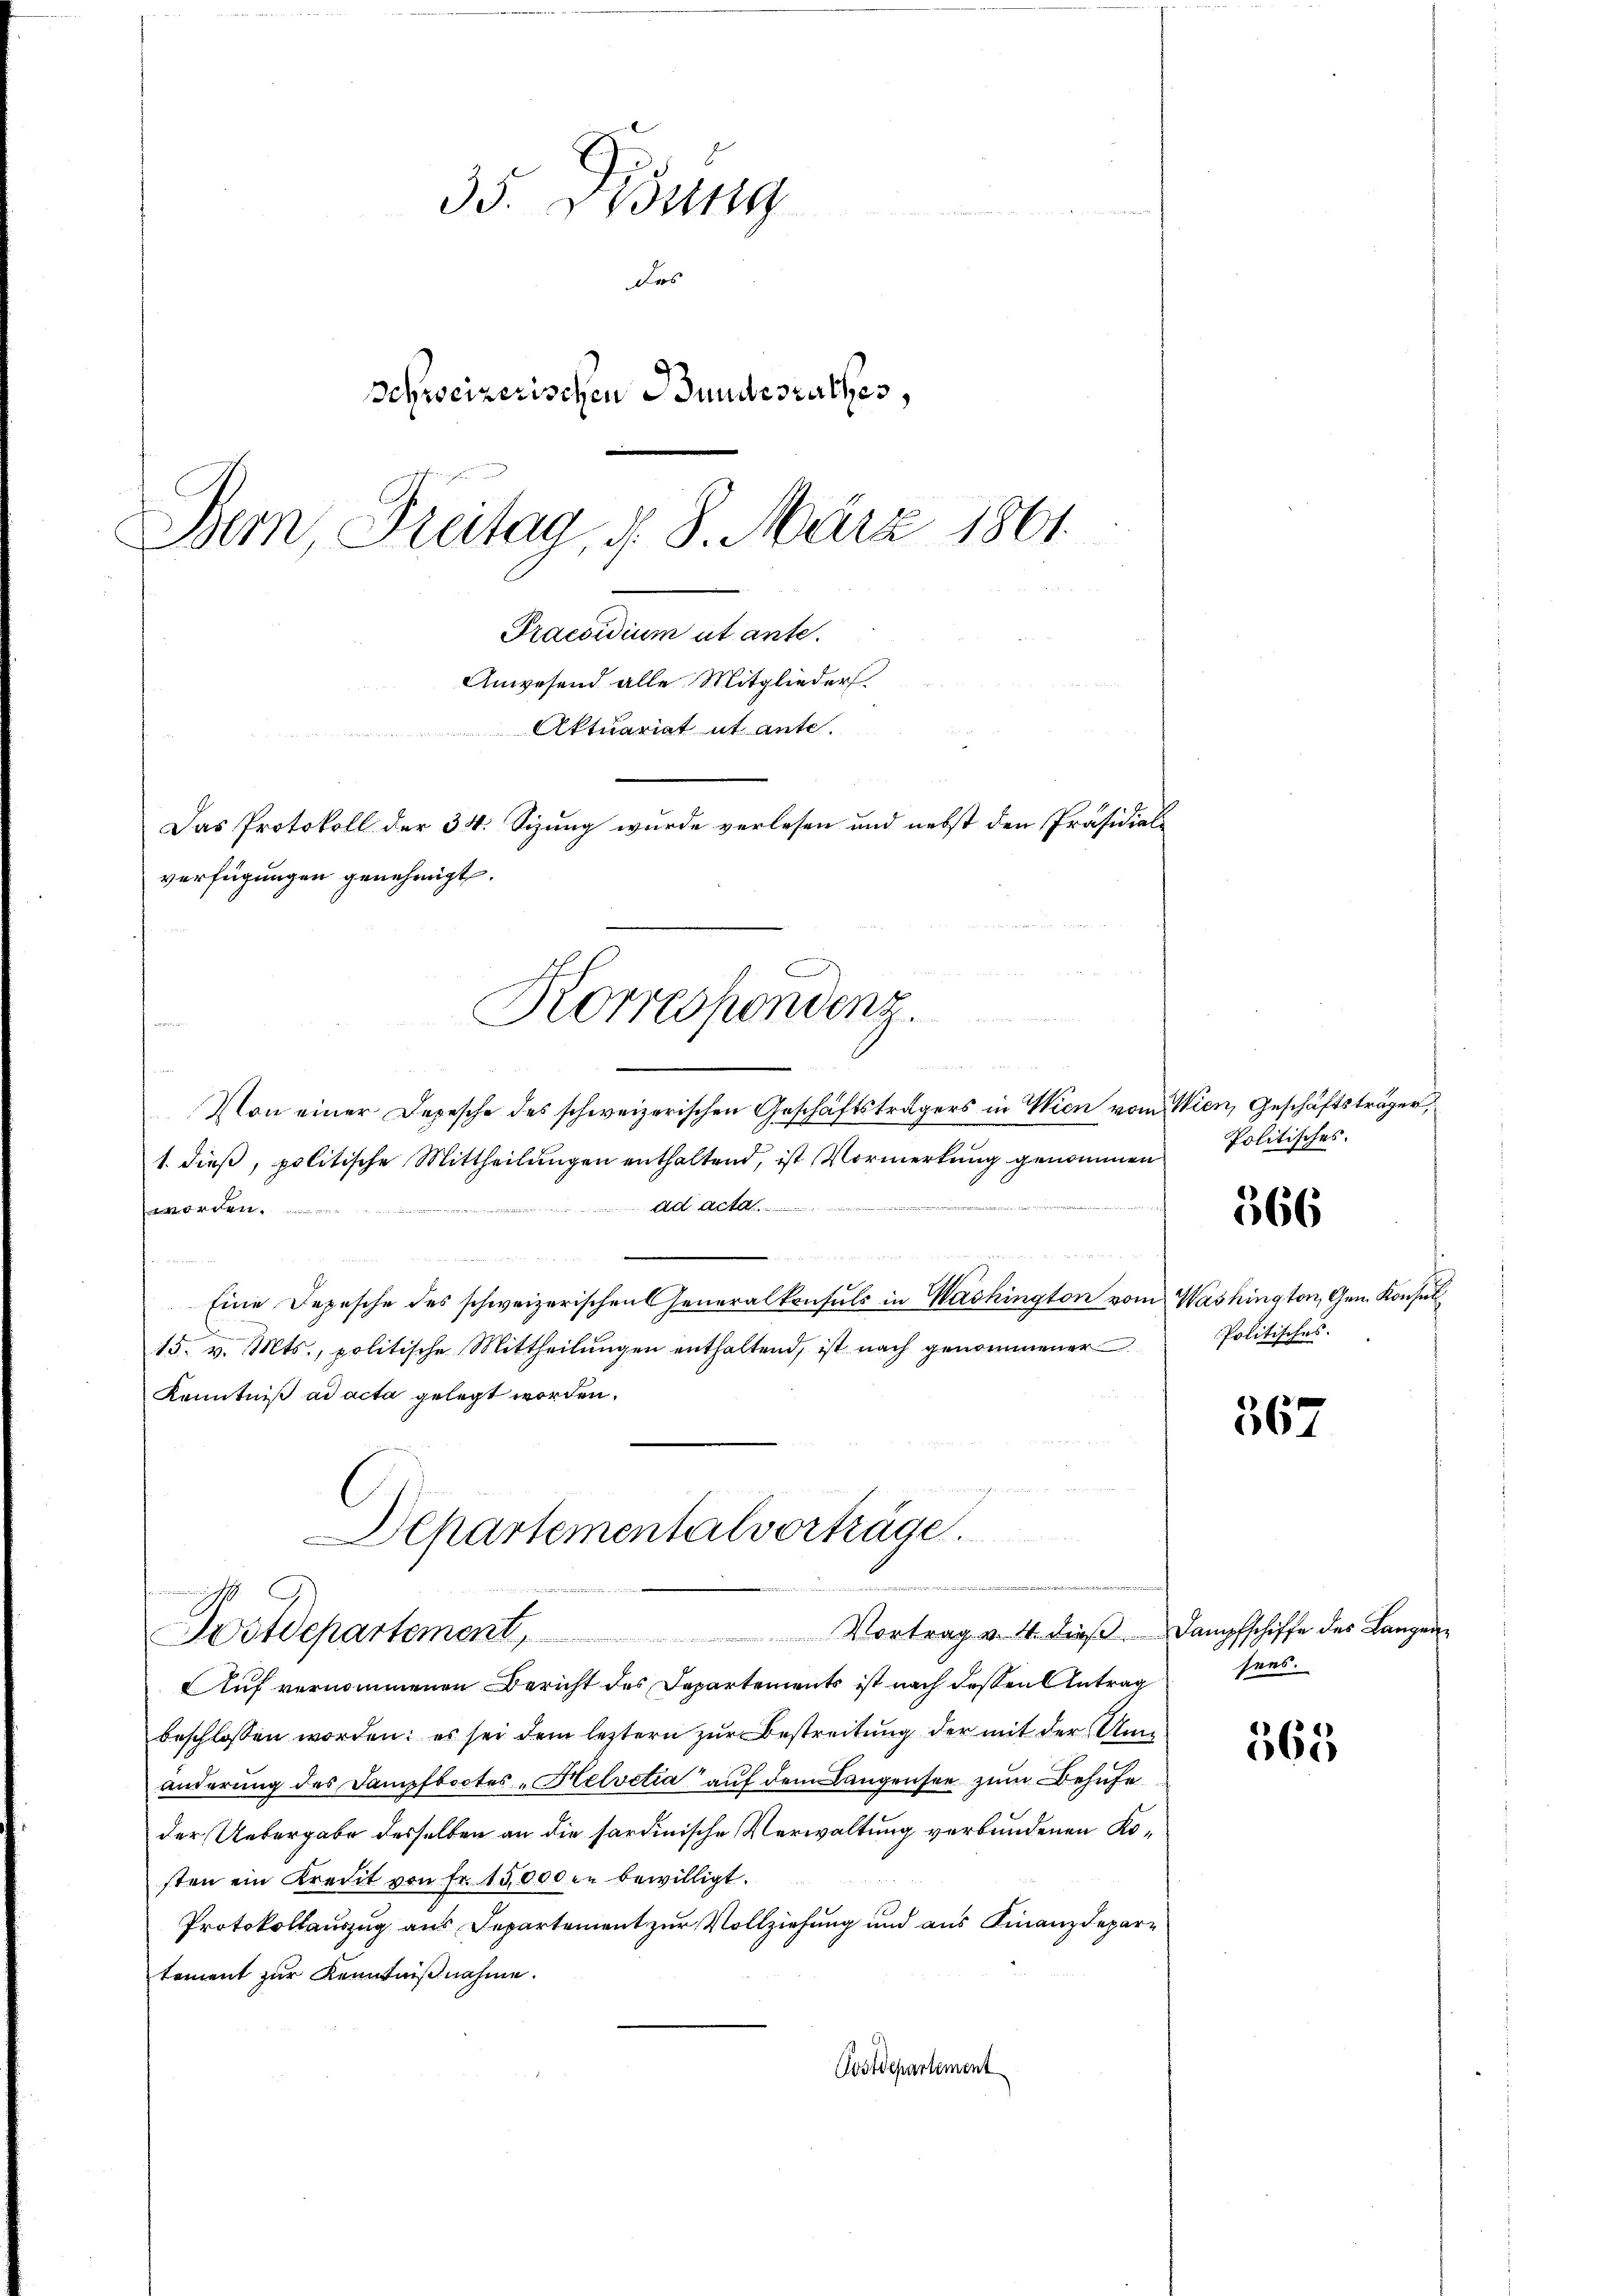
35. Didung
Fr
Schweizerischen Bundesrathes,
Bemn Freitag, d. 8. März 1861
Praesidium ut ante.
Anwesend alle Mitglieder.
Aktuariat ut ante.
Das Protokoll der 34. Sizung wurde verlesen und nebst den Präsidial¬

Von einer Depesche des schweizerischen Geschäftsträgers in Wien vom Wien, Geschäftsträger,
1. dieß, politische Mittheilungen enthaltend, ist Vormerkung genommen
ad acta
worden........
d
Eine Depesche des schweizerischen Generalkonsuls in Washington vom Washington, Gem. Konsul
15. v. Mts., politische Mittheilungen enthaltend, ist nach genommener
Kenntniß ad acta gelegt worden.
Departementalvorträge.

verfügungen genehmigt.
Korrespondenz.
¬

Postdepartement, Vortrag v. 4. dieβ. Dampfschiffe des Langen

Auf vernommenen Bericht des Departements ist nach dessen Antrag
beschlossen worden: es sei dem leztern zur Bestreitung der mit der Umänderung des Dampfbootes „Helvetia auf dem Langensee zum Behufe
der Uebergabe desselben an die sardinische Verwaltung verbundenen Kosten ein Kredit von Fr. 15,000 in bewilligt.
Protokollauszug aus Departement zur Vollziehung und aus Finanzdepartement zur Kenntnißnahme.
Postdepartement

Politisches.

566

Politisches.

567

sens.

365